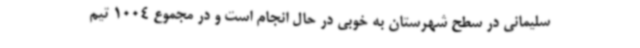
سلیمانی در سطح شهرستان به خوبی در حال انجام است و در مجموع 1004 تیم